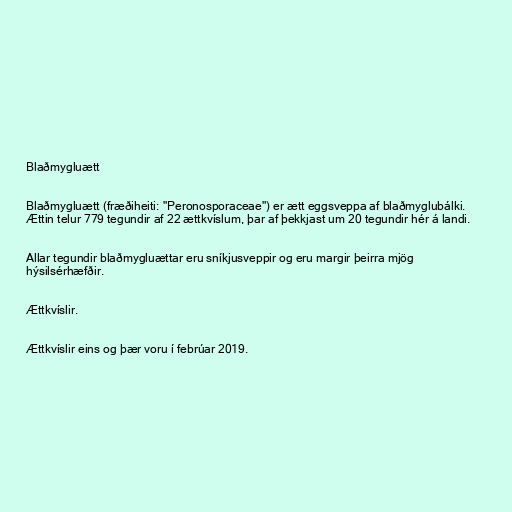
Blaðmygluætt

Blaðmygluætt (fræðiheiti: "Peronosporaceae") er ætt eggsveppa af blaðmyglubálki.
Ættin telur 779 tegundir af 22 ættkvíslum, þar af þekkjast um 20 tegundir hér á landi.

Allar tegundir blaðmygluættar eru sníkjusveppir og eru margir þeirra mjög
hýsilsérhæfðir.

Ættkvíslir.

Ættkvíslir eins og þær voru í febrúar 2019.